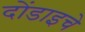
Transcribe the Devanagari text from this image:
दोंडाइचे